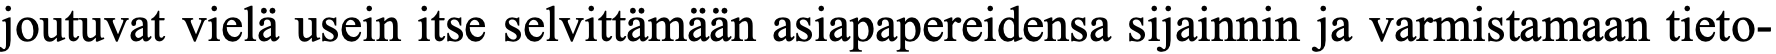
joutuvat vielä usein itse selvittämään asiapapereidensa sijainnin ja varmistamaan tieto-